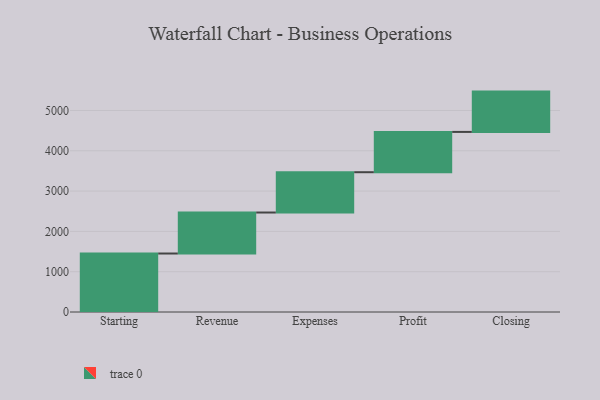
{"axis": {"x": "Step", "y": "Value"}, "legend": [""], "data": [{"x": "Starting", "y": 1451.0, "type": ""}, {"x": "Revenue", "y": 1017.0, "type": ""}, {"x": "Expenses", "y": 1000, "type": ""}, {"x": "Profit", "y": 1000, "type": ""}, {"x": "Closing", "y": 1000, "type": ""}]}